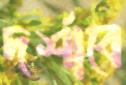
দর্শাবে